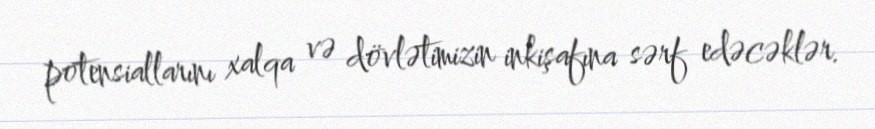
potensiallarını xalqa və dövlətimizin inkişafına sərf edəcəklər.